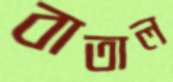
বাতাল